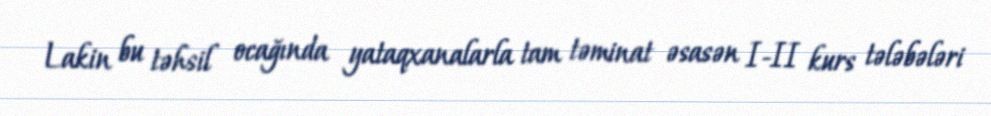
Lakin bu təhsil ocağında yataqxanalarla tam təminat əsasən I-II kurs tələbələri